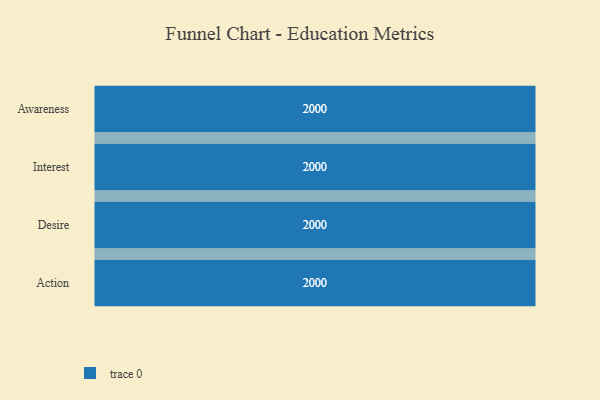
{"axis": {"x": "Stage", "y": "Value"}, "legend": [""], "data": [{"x": "Awareness", "y": 2000, "type": ""}, {"x": "Interest", "y": 2000, "type": ""}, {"x": "Desire", "y": 2000, "type": ""}, {"x": "Action", "y": 2000, "type": ""}]}